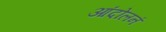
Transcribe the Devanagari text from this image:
आंदोलनं